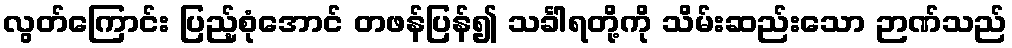
လွတ်ကြောင်း ပြည့်စုံအောင် တဖန်ပြန်၍ သင်္ခါရတို့ကို သိမ်းဆည်းသော ဉာဏ်သည်